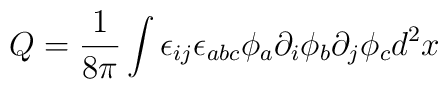
Q=\frac{1}{8\pi } \int \epsilon_{ij} \epsilon_{abc} \phi_a \partial_i \phi_b \partial_j \phi_c d^2x